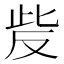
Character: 𰙥